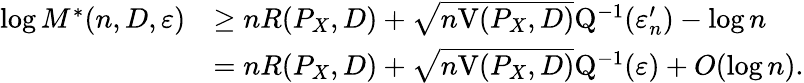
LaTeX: \begin{array}{rl}{\log M^{*}(n,D,\varepsilon)}&{\geq nR(P_{X},D)+\sqrt{n\mathrm{V}(P_{X},D)}\mathrm{Q}^{-1}(\varepsilon_{n}^{\prime})-\log n}\\ &{=nR(P_{X},D)+\sqrt{n\mathrm{V}(P_{X},D)}\mathrm{Q}^{-1}(\varepsilon)+O(\log n).}\end{array}